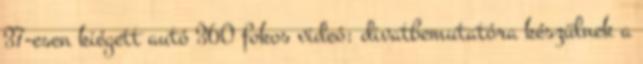
37-esen kiégett autó 360 fokos videó: divatbemutatóra készülnek a